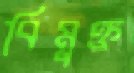
বিমুক্ত